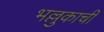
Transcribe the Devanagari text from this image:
भल्लुकाची